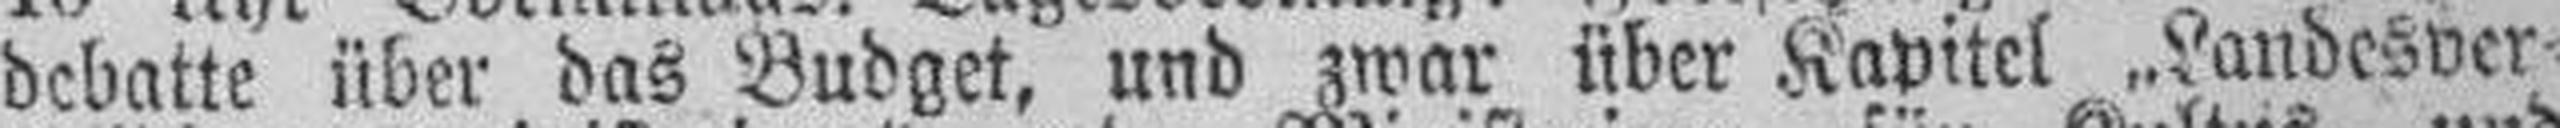
debatte über das Budget, und zwar über Kapitel „Landesver¬